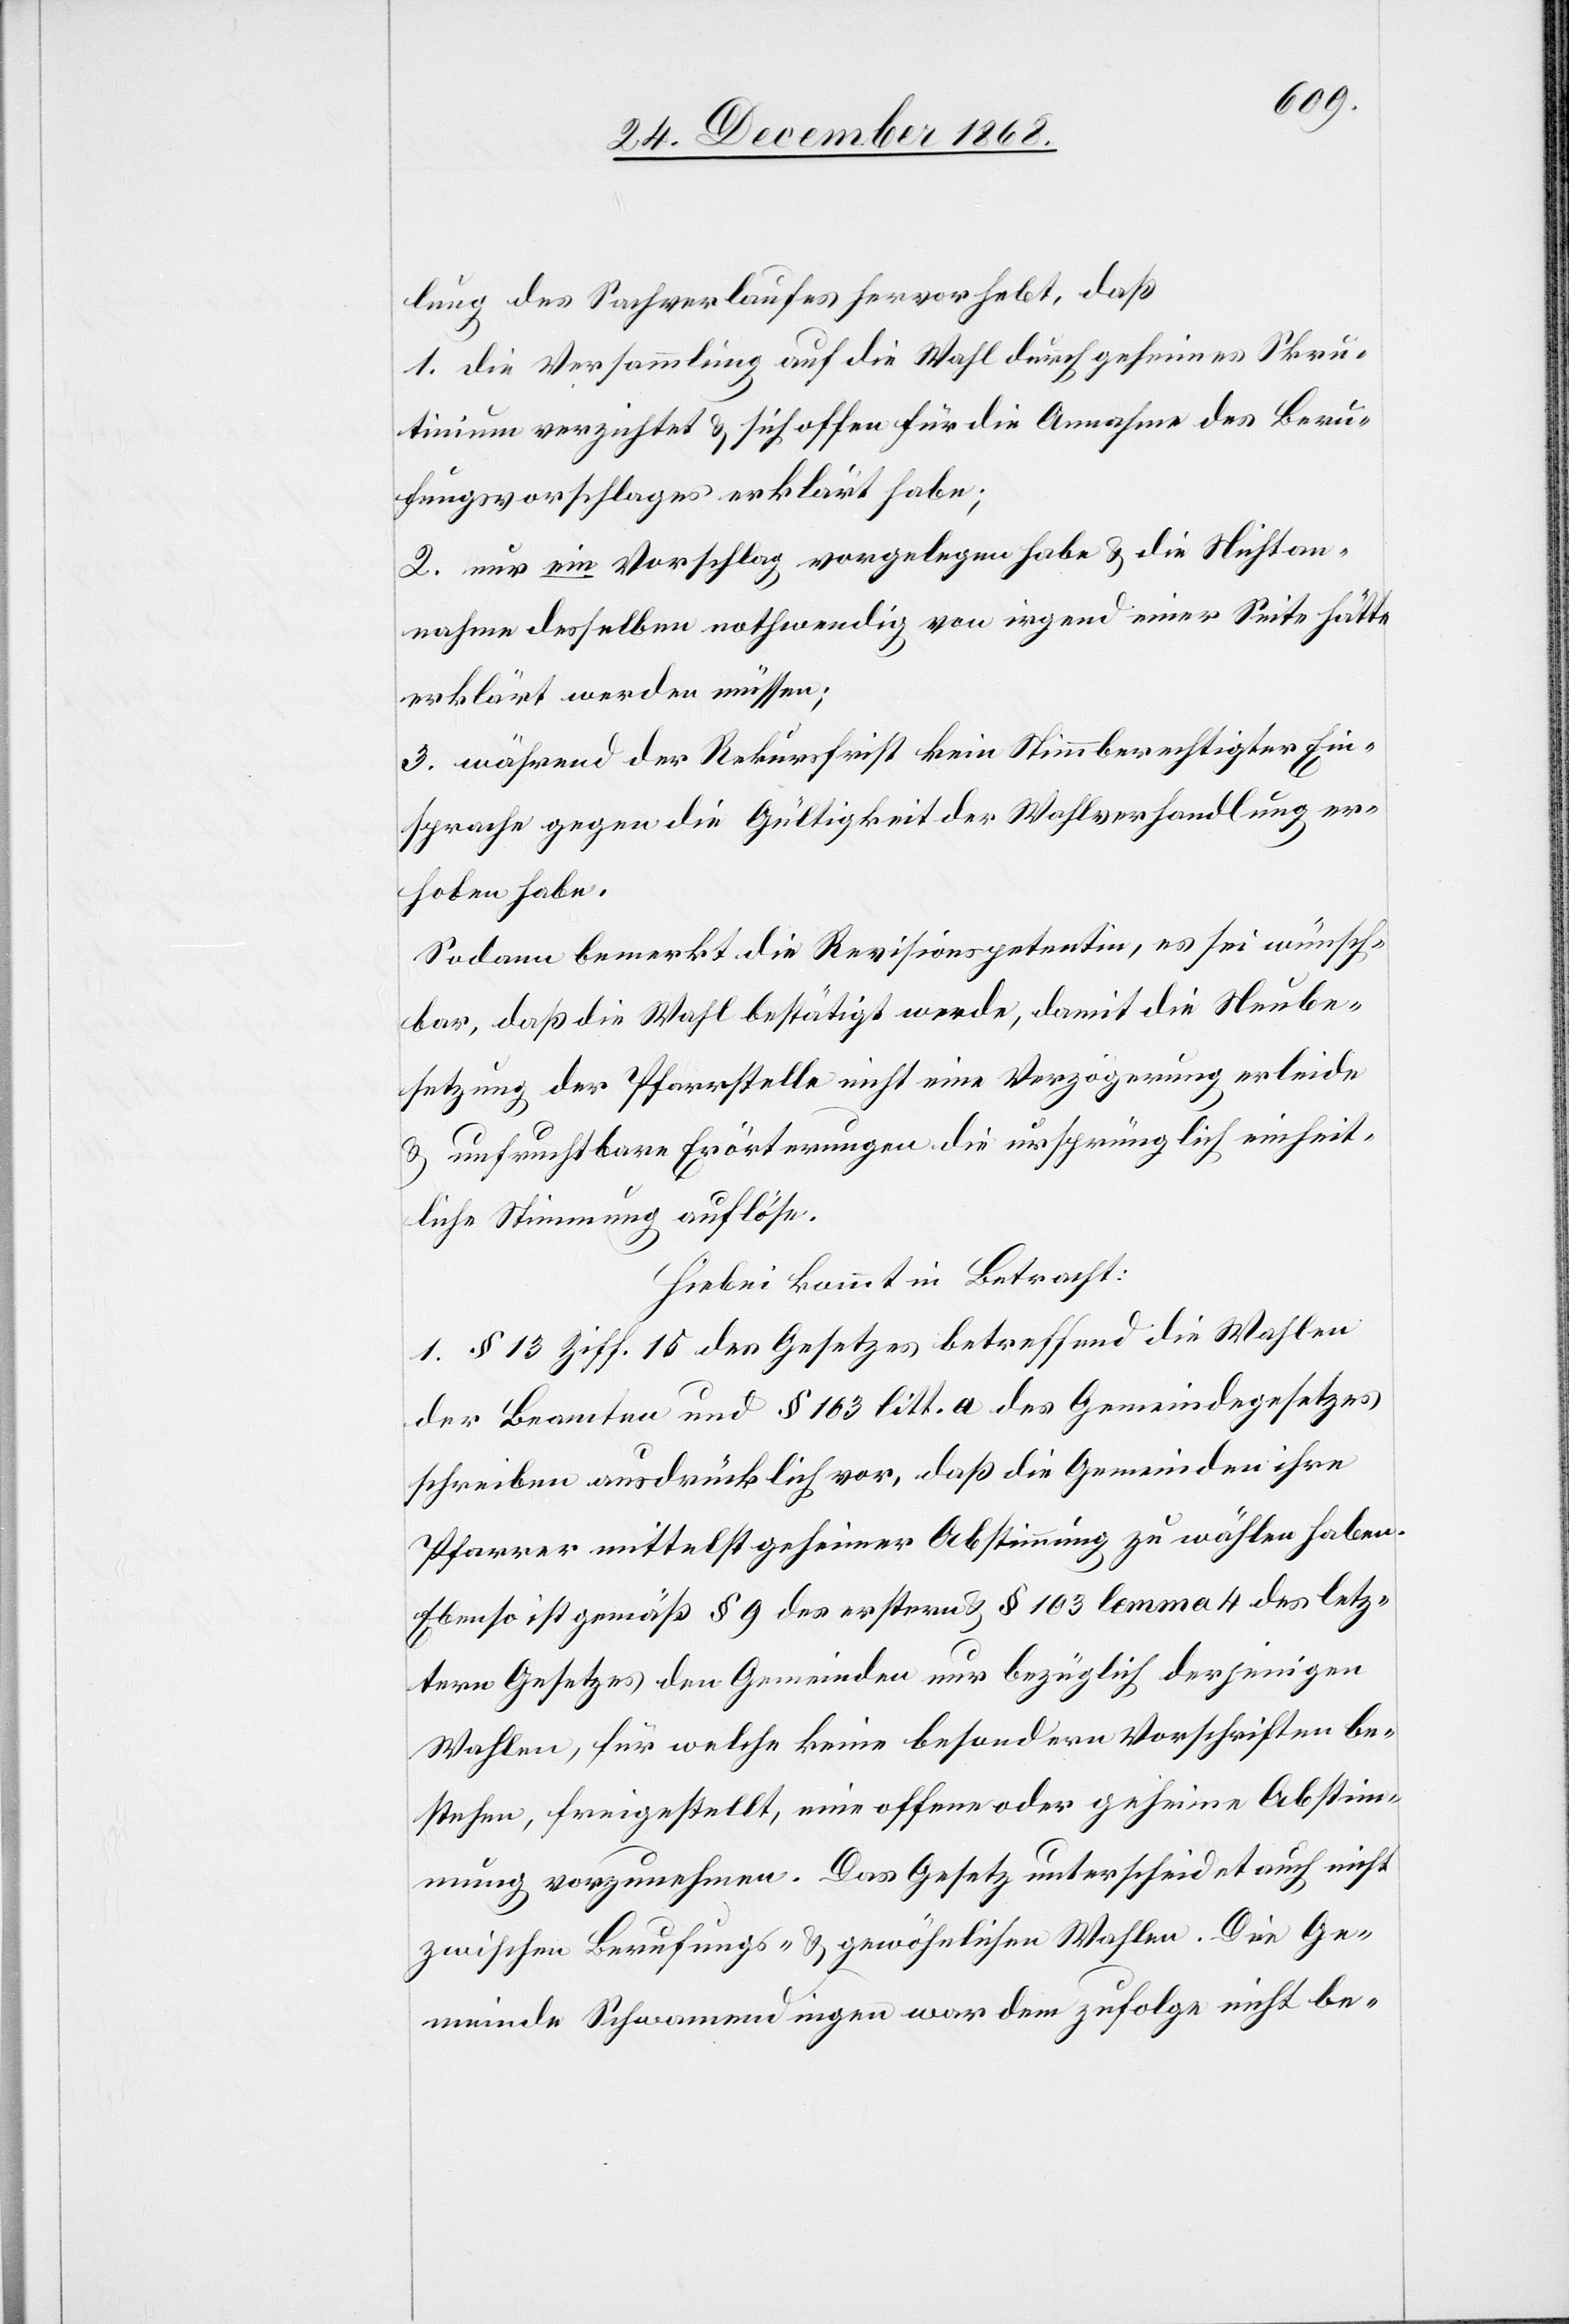
lung des Sachverlaufes hervorhebt, daß
1. die Versammlung auf die Wahl durch geheimes Skru¬
tinium verzichtet & sich offen für die Annahme des Beru¬
fungsvorschlages erklärt habe;
2. nur ein Vorschlag vorgelegen habe & die Nichtan¬
nahme desselben nothwendig von irgend einer Seite hätte
erklärt werden müssen;
3. während der Rekursfrist kein Stimmberechtigter Ein¬
sprache gegen die Gültigkeit der Wahlverhandlung er¬
hoben habe.
Sodann bemerkt die Revisionspetentin, es sei wünsch¬
bar, daß die Wahl bestätigt werde, damit die Neube¬
setzung der Pfarrstelle nicht eine Verzögerung erleide
& unfruchtbare Erörterungen die ursprünglich einheit¬
liche Stimmung auflöse.
Hiebei kommt in Betracht:
1. § 13 Ziff. 15 des Gesetzes betreffend die Wahlen
der Beamten und § 103 litt. a des Gemeindegesetzes
schreiben ausdrücklich vor, daß die Gemeinden ihre
Pfarrer mittelst geheimer Abstimmung zu wählen haben.
Ebenso ist gemäß § 9 des erstern & § 103 lemma 4 des letz¬
tern Gesetzes den Gemeinden nur bezüglich derjenigen
Wahlen, für welche keine besondern Vorschriften be¬
stehen, freigestellt, eine offene oder geheime Abstim¬
mung vorzunehmen. Das Gesetz unterscheidet auch nicht
zwischen Berufungs- & gewöhnlichen Wahlen. Die Ge¬
meinde Schwamendingen war dem zufolge nicht be-